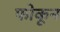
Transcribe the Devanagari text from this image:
फोकून